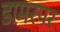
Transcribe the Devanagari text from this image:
डामरपर